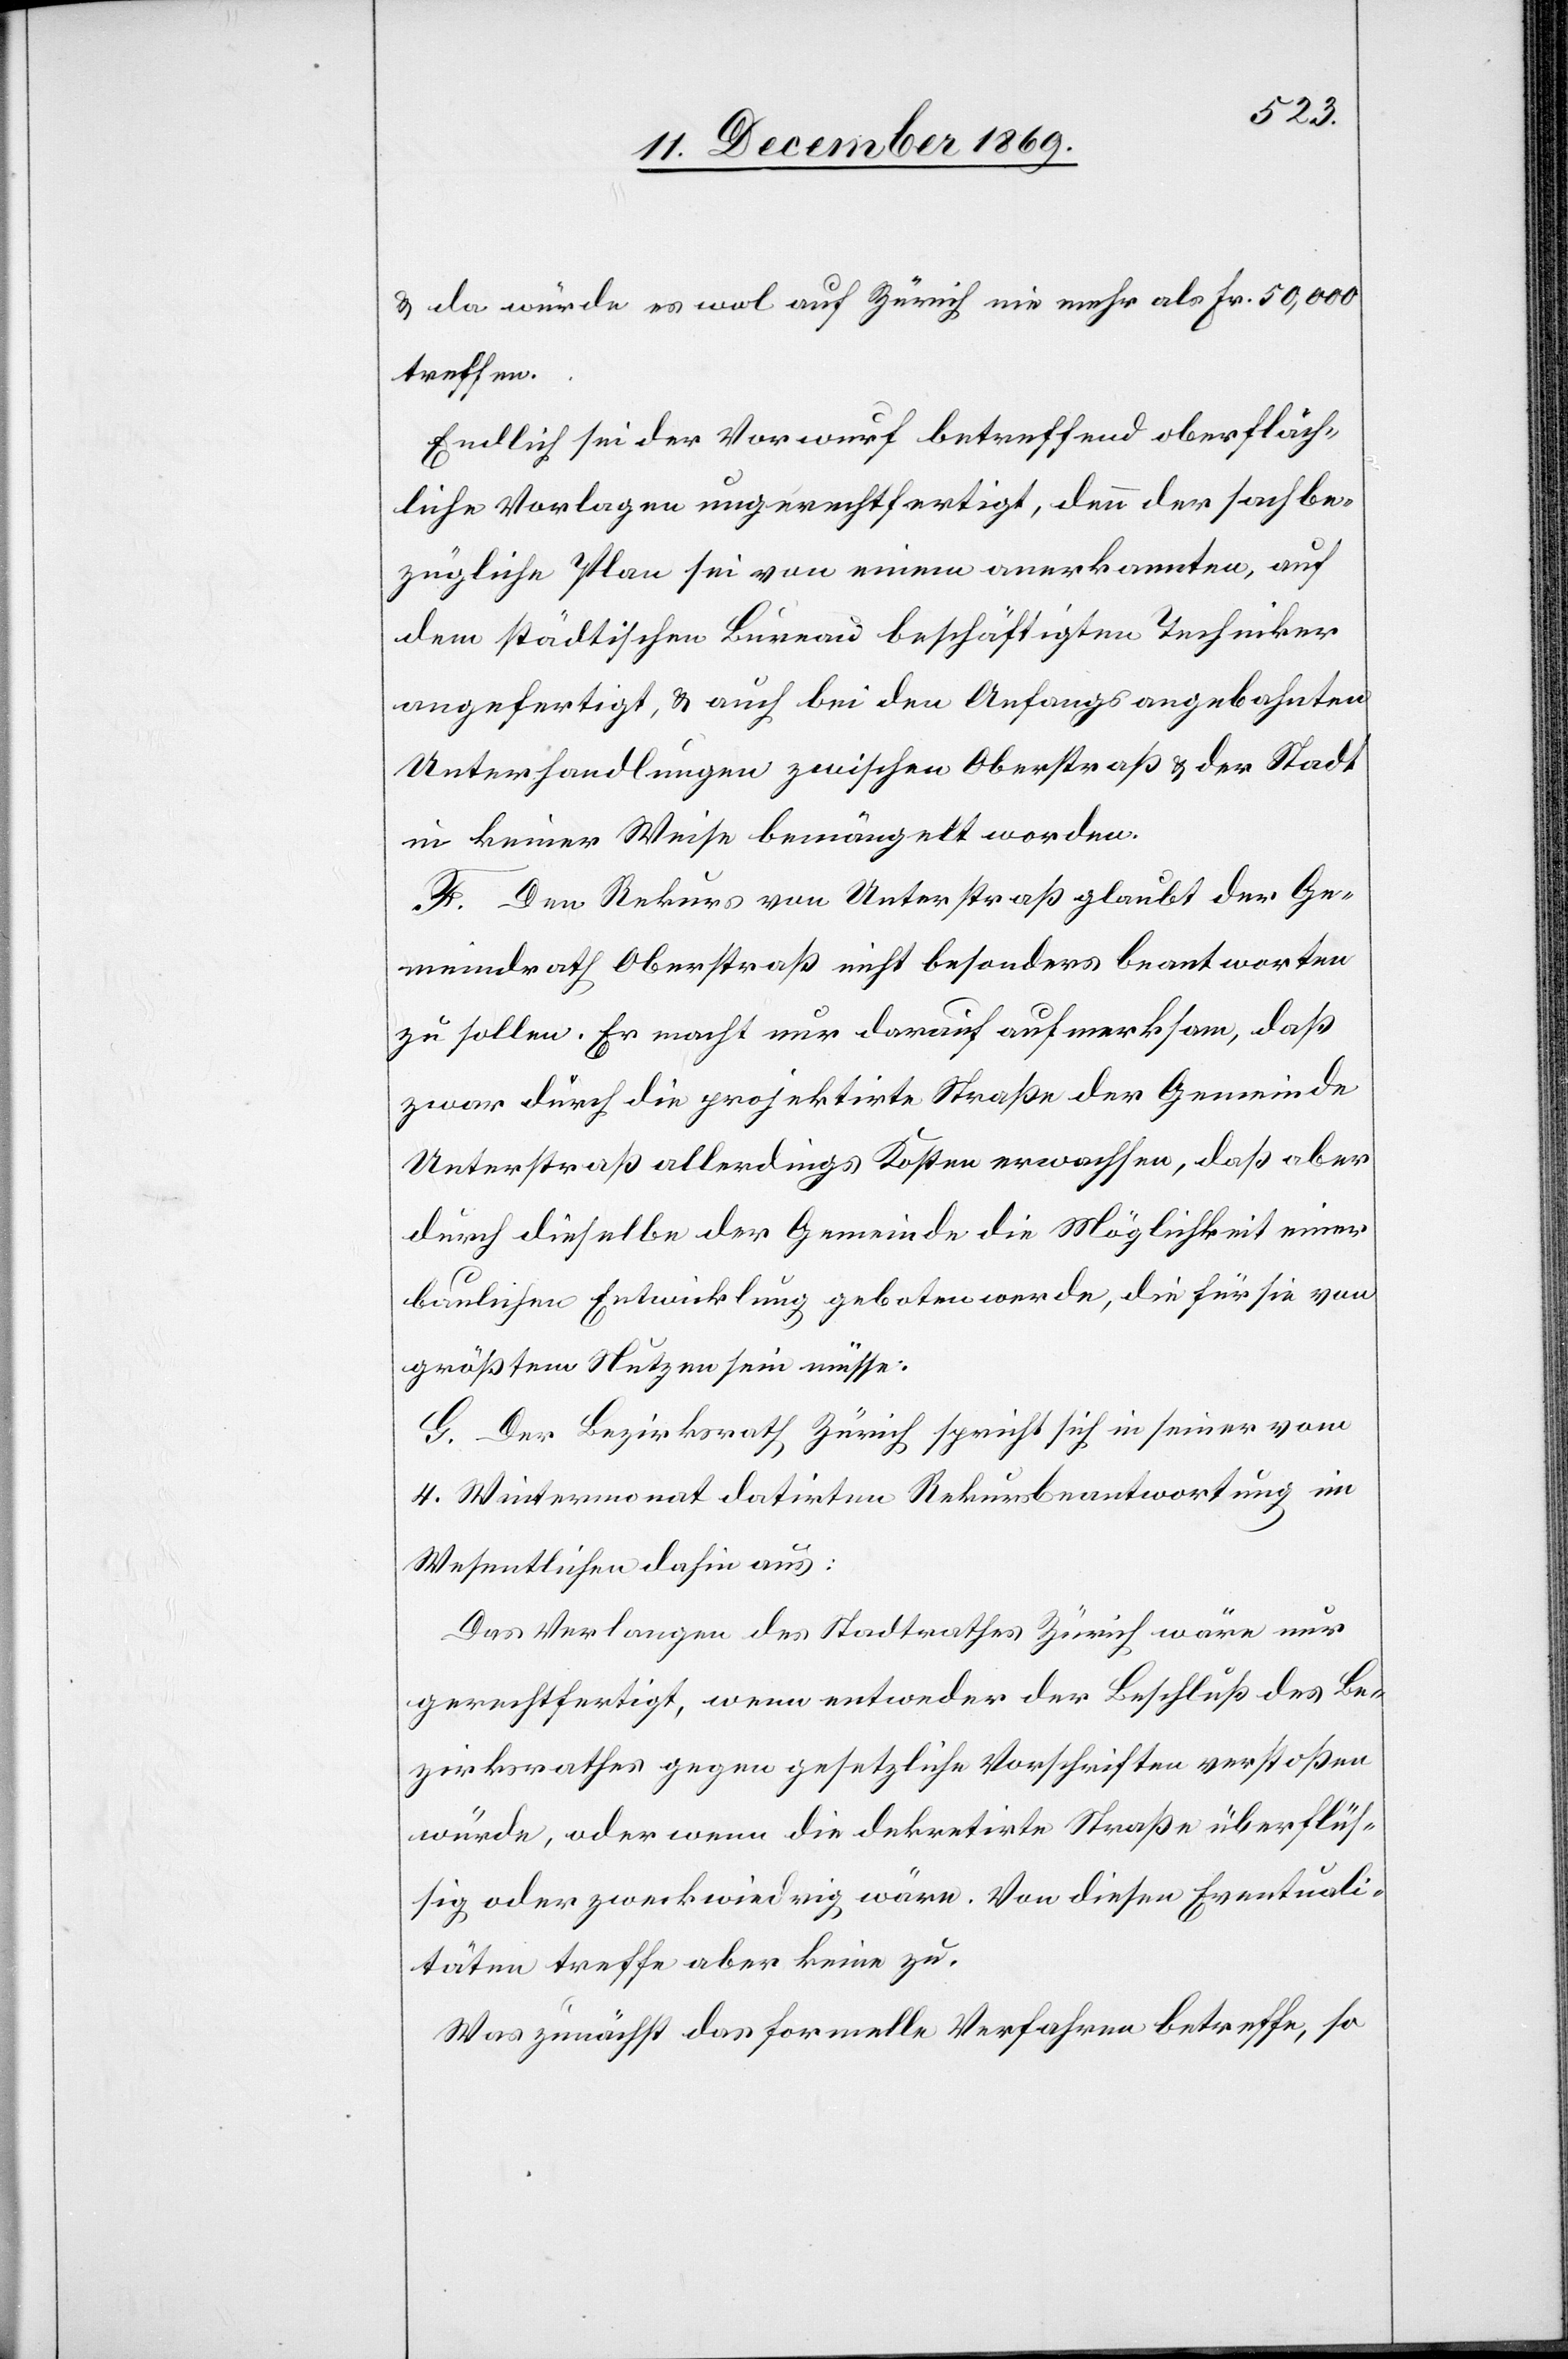
& da würde es wol auf Zürich nie mehr als Fr. 50,000
treffen.
Endlich sei der Vorwurf betreffend oberfläch¬
liche Vorlagen ungerechtfertigt, denn der sachbe¬
zügliche Plan sei von einem anerkannten, auf
dem städtischen Bureau beschäftigten Techniker
angefertigt, & auch bei den Anfangs angebahnten
Unterhandlungen zwischen Oberstraß & der Stadt
in keiner Weise bemängelt worden.
F. Den Rekurs von Unterstraß glaubt der Ge¬
meindrath Oberstraß nicht besonders beantworten
zu sollen. Er macht nur darauf aufmerksam, daß
zwar durch die projektirte Straße der Gemeinde
Unterstraß allerdings Kosten erwachsen, daß aber
durch dieselbe der Gemeinde die Möglichkeit einer
baulichen Entwicklung geboten werde, die für sie von
größtem Nutzen sein müsse.
G. Der Bezirksrath Zürich spricht sich in seiner vom
4. Wintermonat datirten Rekursbeantwortung im
Wesentlichen dahin aus:
Das Verlangen des Stadtrathes Zürich wäre nur
gerechtfertigt, wenn entweder der Beschluß des Be¬
zirksrathes gegen gesetzliche Vorschriften verstoßen
würde, oder wenn die dekretirte Straße überflüs¬
sig oder zweckwiedrig wäre. Von diesen Eventuali¬
täten treffe aber keine zu.
Was zunächst das formelle Verfahren betreffe, so